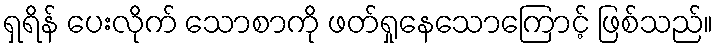
ရှရိန် ပေးလိုက် သောစာကို ဖတ်ရှုနေသောကြောင့် ဖြစ်သည်။